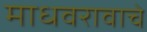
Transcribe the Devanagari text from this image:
माधवरावाचे